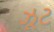
ઝૂટ